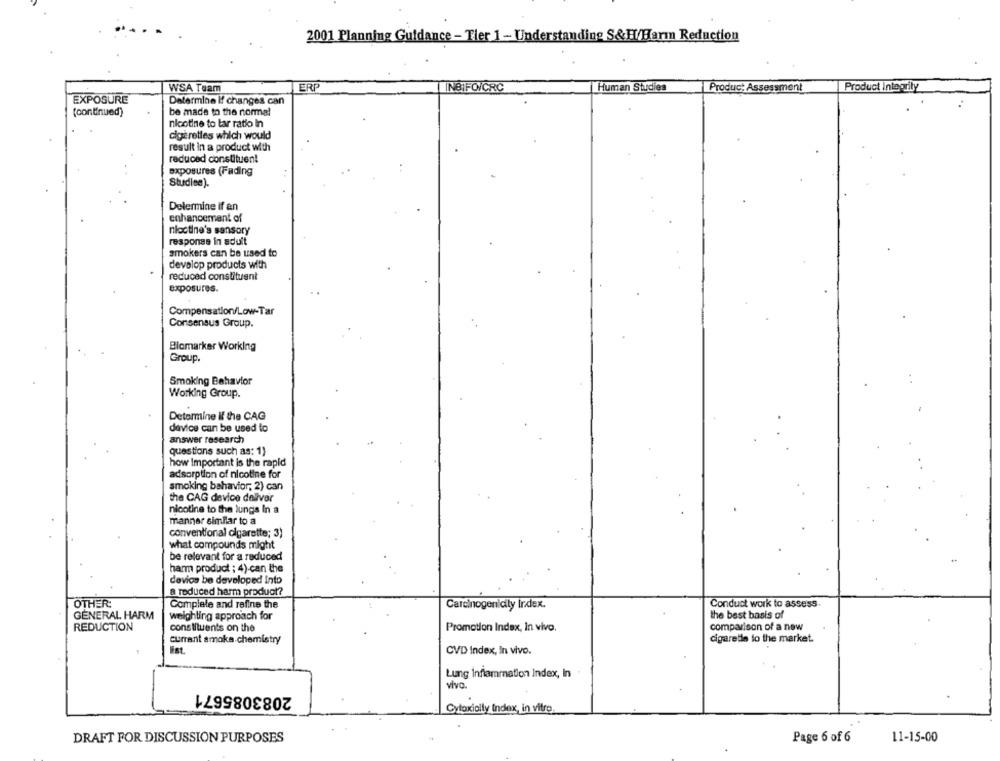
2001 Planning Guidance - Tier 1 - Understanding S&H/Harm Reduction
WSA Team
ERP
INBIFO/CRC
Human Studies
Product Assessment
Product Integrity
EXPOSURE
Determine if changes can
(continued)
be made to the normal
nicotine to lar ratio in
cigarettes which would
result in a product with
reduced constituent
exposures (Fading
Studien).
Determine if an
enhancement of
nloctine's sensory
responss in adult
smokers can be used to
develop products with
reduced constituent
exposures.
Compensation/Low-Tar
Consensus Group.
Biomarker Working
Group.
Smoking Behavior
Working Group.
Determine if the CAG
device can be used to
answer research
questions such as: 1)
how Important is the rapid
adsorption of nicotine for
smoking behavior; 2) can
the CAG device dellver
nicotine to the lungs In a
manner similar to a
conventional cigarette; 3)
what compounds might
be relevant for a reduced
harm product ; 4).can the
device be developed Into
a reduced harm product?
OTHER:
Complete and refine the
Carcinogenicily Index.
Conduct work to assess.
GENERAL HARM
weighting approach for
the best basis of
REDUCTION
constituents on the
Promotion Index, In vivo.
comparison of a new
currant amoka chemistry
cigaredie to the market.
ist
CVD Index, In vivo.
Lung inflammation Index, In
vivo.
2083085671
Cytoxiolly Index, in vitro.
DRAFT FOR DISCUSSION PURPOSES
11-15-00
Page 6 of 6